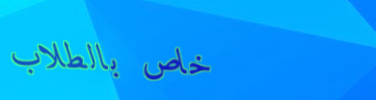
خاص بالطلاب